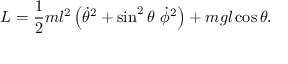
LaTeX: L = { \frac { 1 } { 2 } } m l ^ { 2 } \left( { \dot { \theta } } ^ { 2 } + \sin ^ { 2 } \theta \ { \dot { \phi } } ^ { 2 } \right) + m g l \cos \theta .